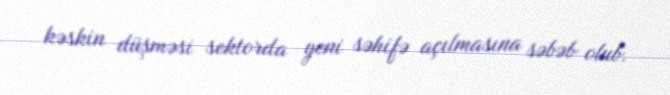
kəskin düşməsi sektorda yeni səhifə açılmasına səbəb olub.